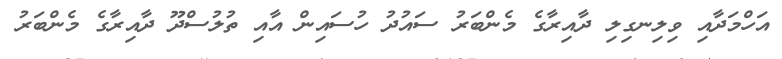
އަހްމަދާއި ވިލިނގިލި ދާއިރާގެ މެންބަރު ސައުދު ހުސައިން އާއި ތުލުސްދޫ ދާއިރާގެ މެންބަރު